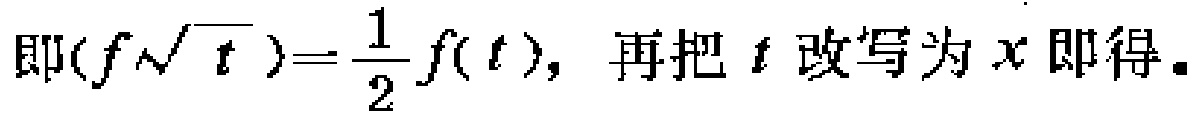
即\(f(\sqrt{t})=\frac{1}{2}f(t)\)，再把\(t\)改写为\(x\)即得。